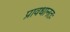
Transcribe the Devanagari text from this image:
प्रावधानतः